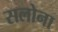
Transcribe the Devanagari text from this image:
सलोना